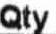
QTY